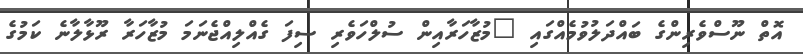
އޮތް ނޫސްވެރިންގެ ބައްދަލުވުމެއްގައި "މުޒާހަރާއިން ސުލްހަވެރި ސިފަ ގެއްލިއްޖެނަމަ މުޒާހަރާ ރޫޅާލާނެ ކަމުގެ